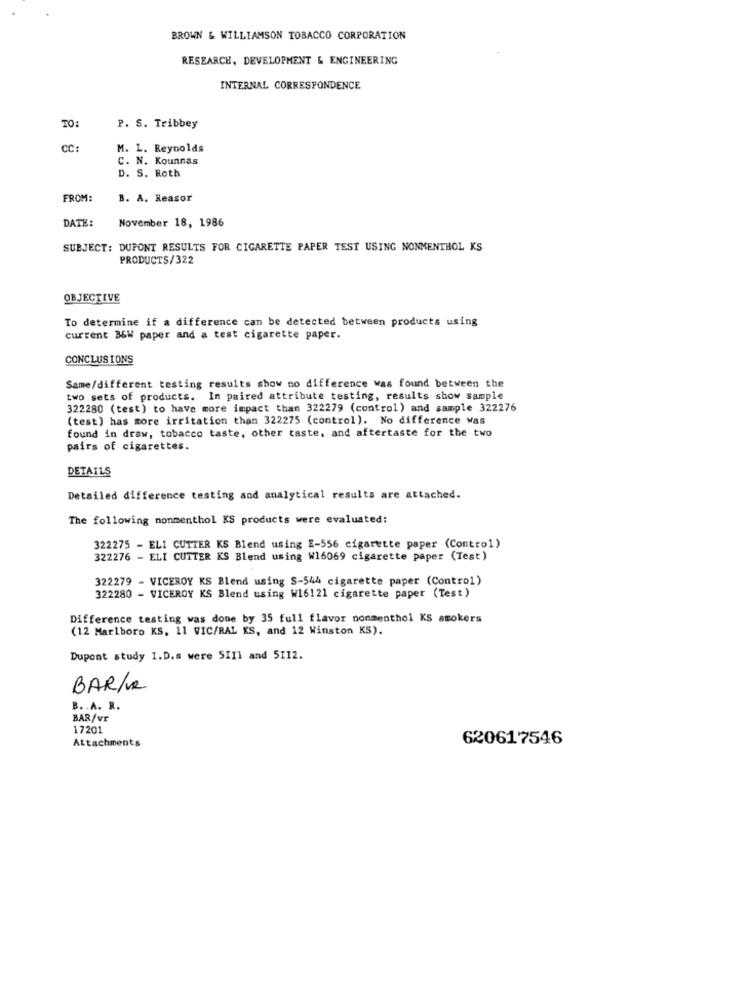
BROWN & WILLIAMSON TOBACCO CORPORATION
RESEARCH, DEVELOPMENT & ENGINEERING
INTERNAL CORRESPONDENCE
TO:
P. S. Tribbey
CC
M. L. Reynolds
C. N. Kounnas
D. S. Roth
FROM:
B. A. Reasor
DATE:
November 18, 1986
SUBJECT: DUPONT RESULTS FOR CIGARETTE PAPER TEST USING NONMENTHOL KS
PRODUCTS/322
OBJECTIVE
To determine if a difference can be detected between products using
current 36W paper and a test cigarette paper.
CONCLUSIONS
Same/different testing results show no difference was found between the
two sets of products. In paired attribute testing, results show sample
322280 (test) to have more impact than 322279 (control ) and sample 322276
(test) has more irritation than 322275 (control). No difference was
found in draw, tobacco taste, other taste, and aftertaste for the two
pairs of cigarettes.
DETAILS
Detailed difference testing and analytical results are attached.
The following nonmenthol KS products were evaluated:
322275 - ELI CUTTER KS Blend using E-556 cigarette paper (Control)
322276 - ELI CUTTER KS Blend using W16069 cigarette paper (Test)
322279 - VICEROY KS Blend using S-544 cigarette paper (Control)
322280 - VICEROY KS Blend using W16121 cigarette paper (Test)
Difference testing was done by 35 full flavor nonmenthol KS smokers
(12 Marlboro KS, 11 VIC/RAL KS, and 12 Winston KS).
Dupont study I.D.s were SIIl and 5112.
BAR/ve
B .. A. R.
BAR/vr
17201
Attachments
620617546